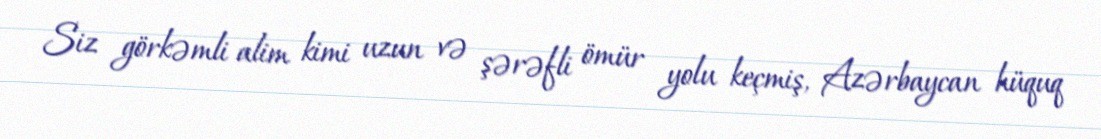
Siz görkəmli alim kimi uzun və şərəfli ömür yolu keçmiş, Azərbaycan hüquq